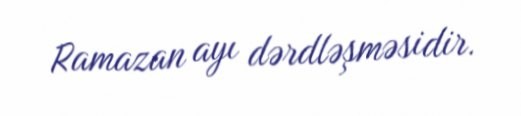
Ramazan ayı dərdləşməsidir.